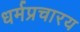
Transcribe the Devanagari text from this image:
धर्मप्रचारय